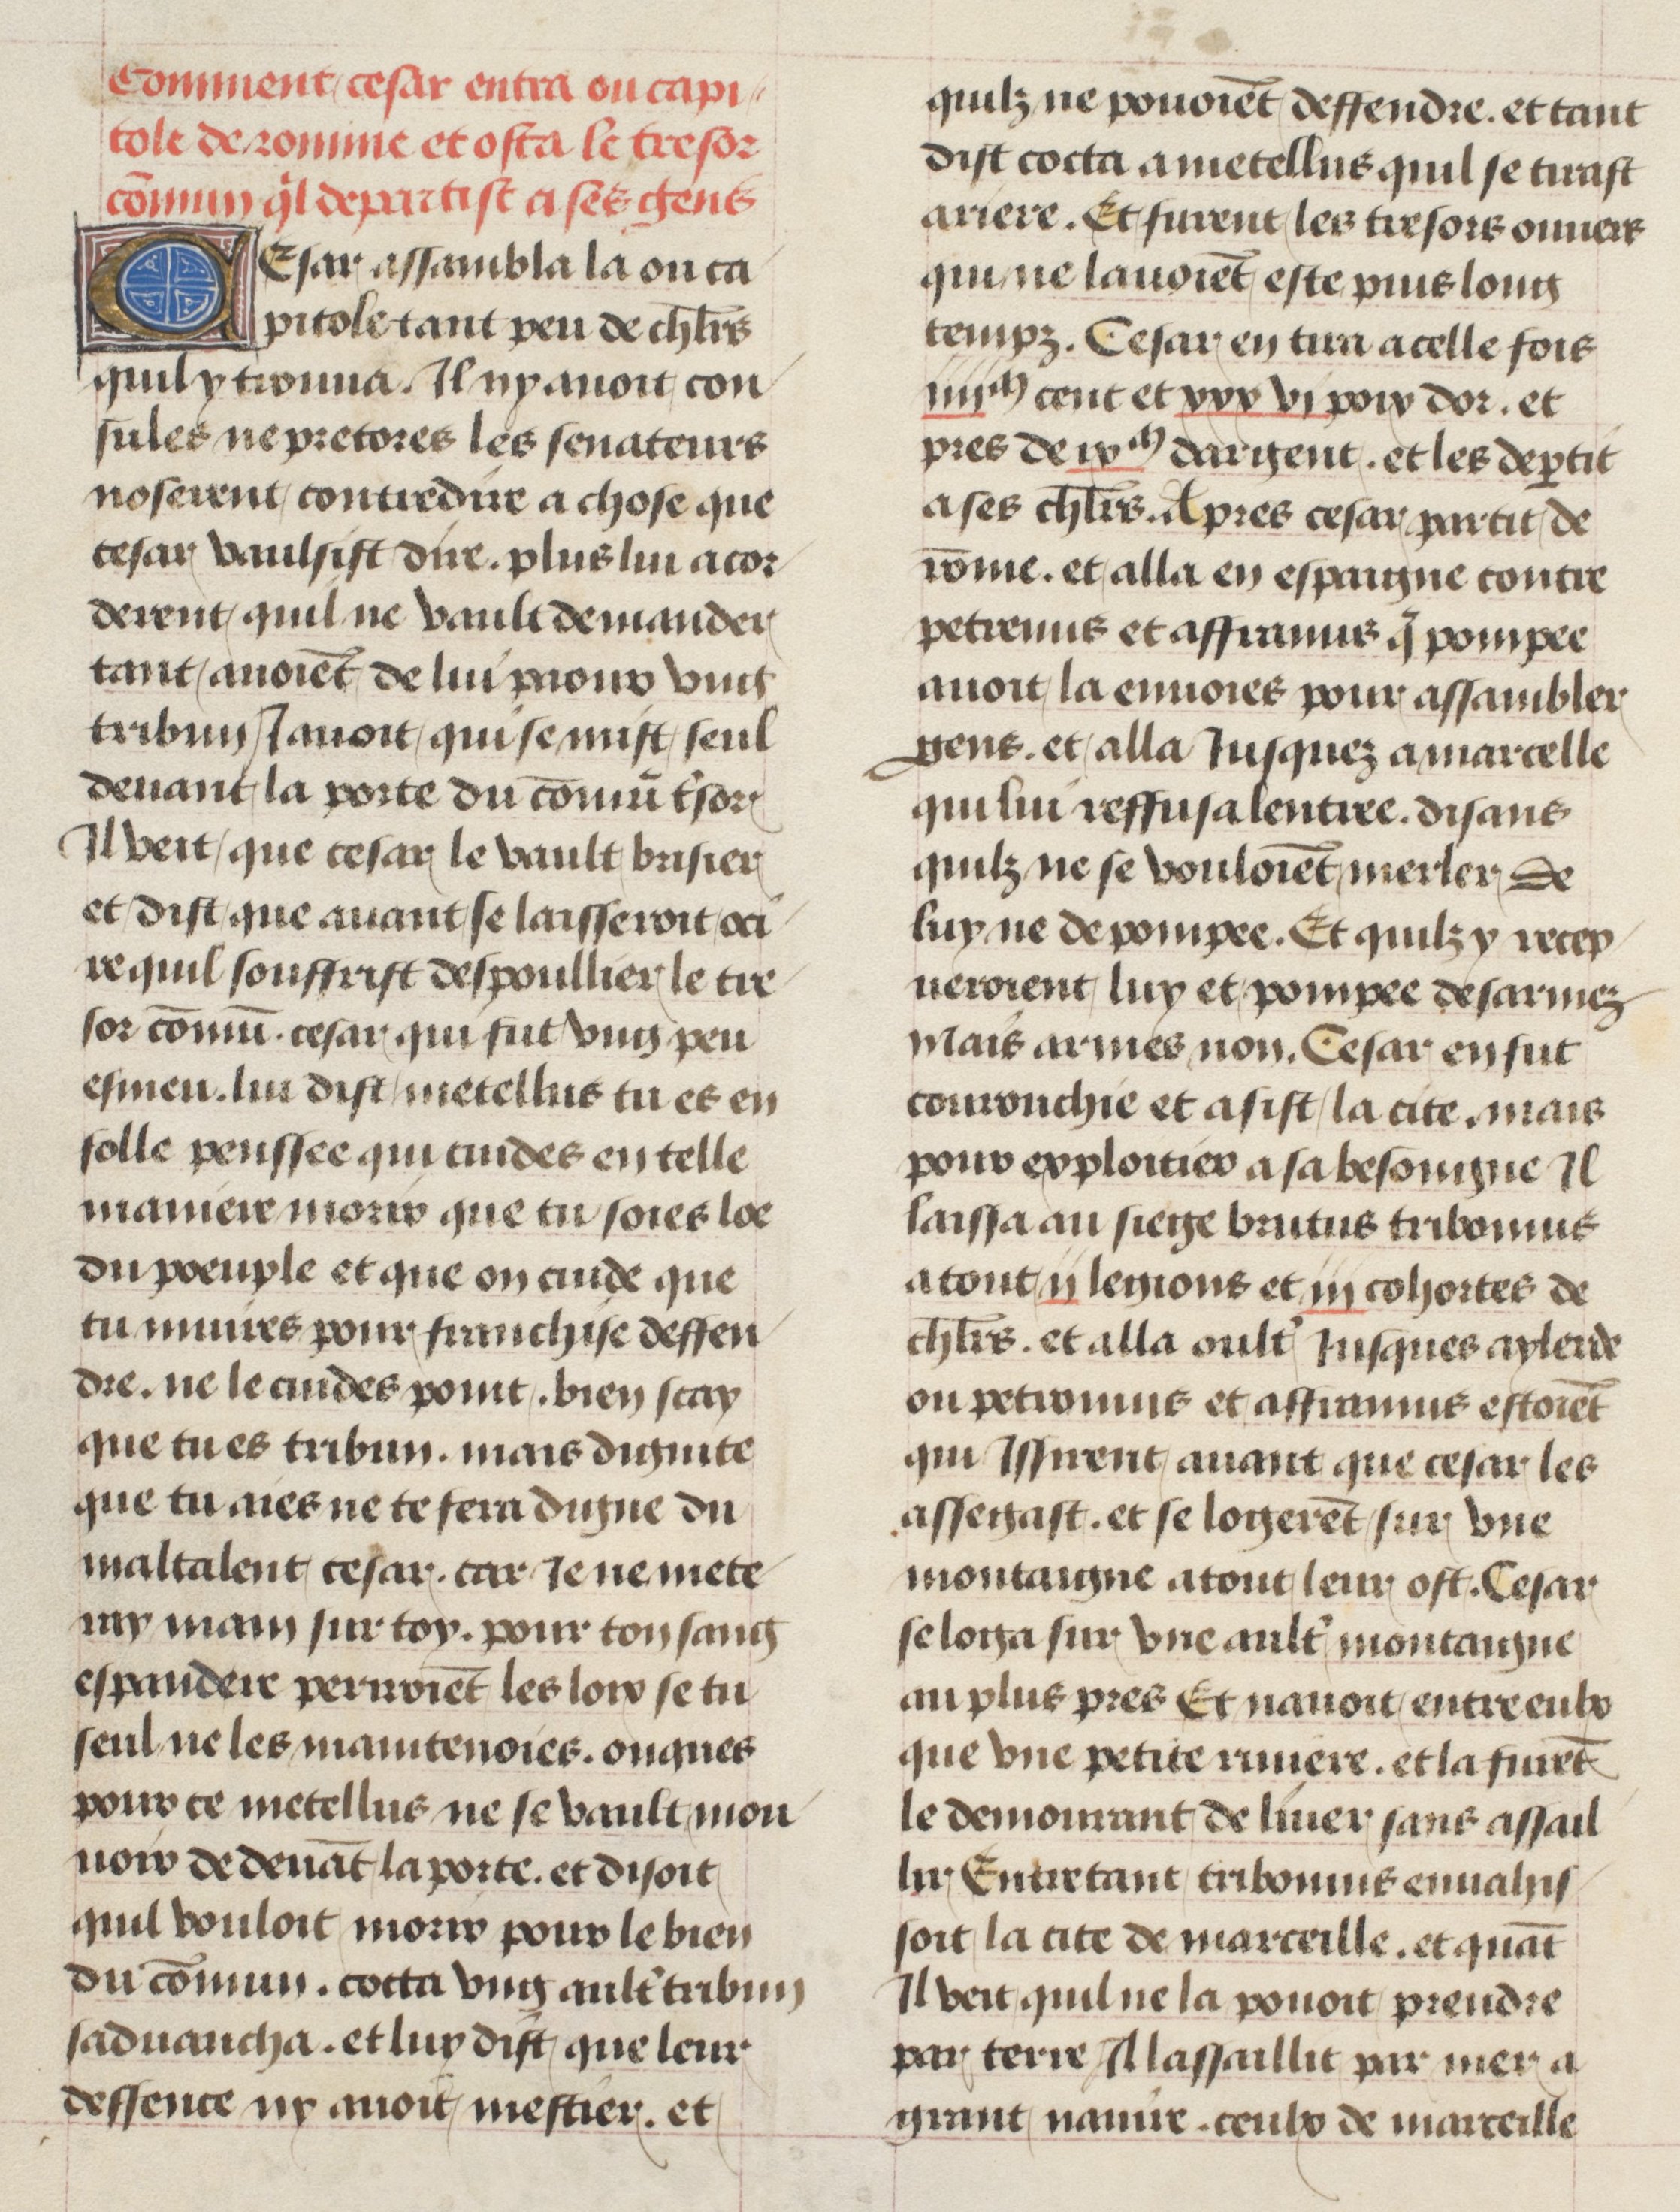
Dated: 1475–1485